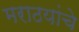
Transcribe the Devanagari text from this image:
मराठयांचे